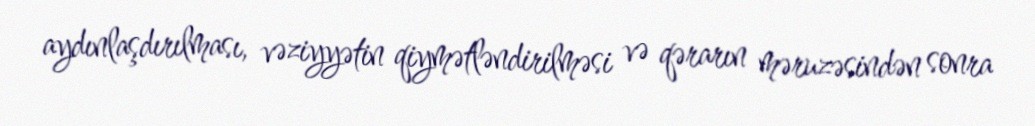
aydınlaşdırılması, vəziyyətin qiymətləndirilməsi və qərarın məruzəsindən sonra